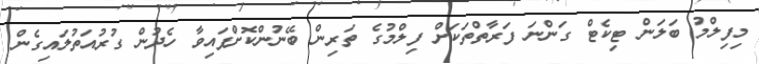
މިފިލްމު ބަލަން ޓިކެޓް ގަންނަ ފަރާތްތަކަށް ފިލްމުގެ ތަރިން ބޭނުންކޮށްފައިވާ ހެދުން ގުރުއަތުލައިގެން